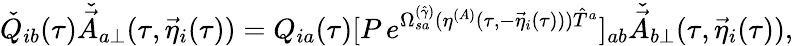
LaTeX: \check{Q}_{ib}(\tau)\check{\vec{A}}_{a\perp}(\tau,{\vec{\eta}}_{i}(\tau))=Q_{ia}(\tau)[P\, e^{\Omega_{sa}^{(\hat{\gamma})}(\eta^{(A)}(\tau,-{\vec{\eta}}_{i}(\tau))){\hat{T}}^{a}}]_{ab}\check{\vec{A}}_{b\perp}(\tau,{\vec{\eta}}_{i}(\tau)),